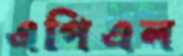
এপিএল